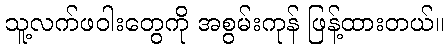
သူ့လက်ဖဝါးတွေကို အစွမ်းကုန် ဖြန့်ထားတယ်။